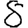
Digit: 8